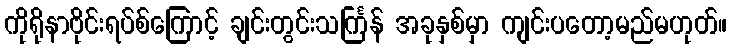
ကိုရိုနာဗိုင်းရပ်စ်ကြောင့် ချင်းတွင်းသင်္ကြန် အခုနှစ်မှာ ကျင်းပတော့မည်မဟုတ်။